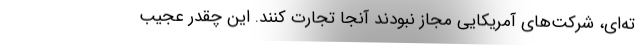
ته‌ای، شرکت‌های آمریکایی مجاز نبودند آنجا تجارت کنند. این چقدر عجیب